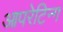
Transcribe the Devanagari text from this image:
आपरेटिन्ग